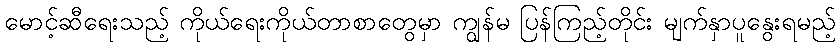
မောင့်ဆီရေးသည့် ကိုယ်ရေးကိုယ်တာစာတွေမှာ ကျွန်မ ပြန်ကြည့်တိုင်း မျက်နှာပူနွေးရမည့်